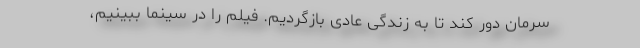
سرمان دور کند تا به زندگی عادی بازگردیم. فیلم را در سینما ببینیم،